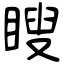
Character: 瞍